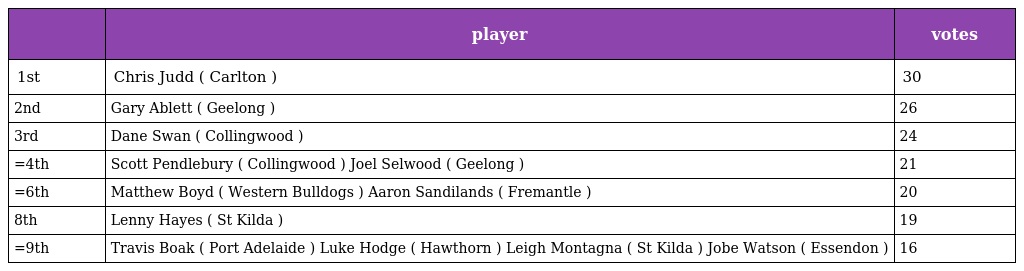
|  | player | votes |
 | --- | --- | --- |
 | 1st | Chris Judd ( Carlton ) | 30 |
 | 2nd | Gary Ablett ( Geelong ) | 26 |
 | 3rd | Dane Swan ( Collingwood ) | 24 |
 | =4th | Scott Pendlebury ( Collingwood ) Joel Selwood ( Geelong ) | 21 |
 | =6th | Matthew Boyd ( Western Bulldogs ) Aaron Sandilands ( Fremantle ) | 20 |
 | 8th | Lenny Hayes ( St Kilda ) | 19 |
 | =9th | Travis Boak ( Port Adelaide ) Luke Hodge ( Hawthorn ) Leigh Montagna ( St Kilda ) Jobe Watson ( Essendon ) | 16 |